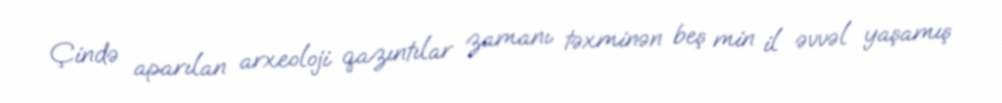
Çində aparılan arxeoloji qazıntılar zamanı təxminən beş min il əvvəl yaşamış